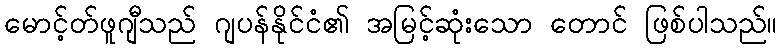
မောင့်တ်ဖူဂျီသည် ဂျပန်နိုင်ငံ၏ အမြင့်ဆုံးသော တောင် ဖြစ်ပါသည်။